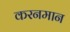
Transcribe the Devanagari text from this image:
करनमान